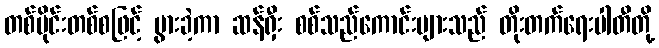
တစ်ပိုင်းတစ်စဖြင့် ပွားခဲ့ကာ ဆန်ရှီး စစ်သည်ကောင်းများသည် တိုးတက်ရေးပါတီတို့